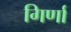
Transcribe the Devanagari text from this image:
गिर्णा